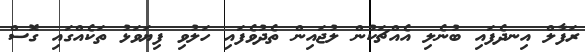
ރަފާލް އިނދެފައި ބުނެލި އެއްޗަކުން ލުޖައިން ތެދުވެފައި ހަލުވި ފިޔަވަޅު ތަކެއްގައި ގޮސް